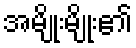
အမျိုးမျိုး၏